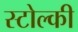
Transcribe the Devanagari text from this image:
स्टोल्की